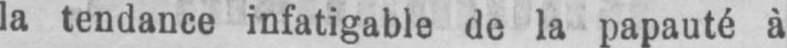
la tendance infatigable de la papauté à